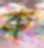
ক